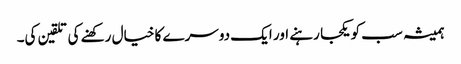
ہمیشہ سب کو یکجا رہنے اور ایک دوسرے کا خیال رکھنے کی تلقین کی۔